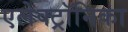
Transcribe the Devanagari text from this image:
एलेक्ट्रॉनिका